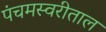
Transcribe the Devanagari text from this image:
पंचमस्वरीताल